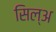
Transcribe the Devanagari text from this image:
सिल्‌अ